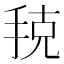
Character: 𭠳